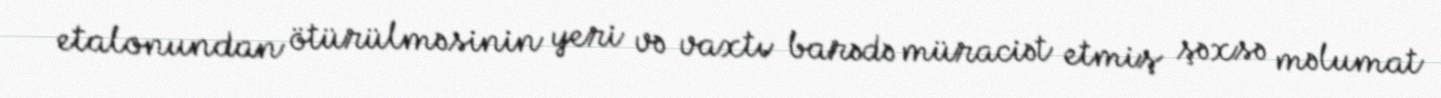
etalonundan ötürülməsinin yeri və vaxtı barədə müraciət etmiş şəxsə məlumat